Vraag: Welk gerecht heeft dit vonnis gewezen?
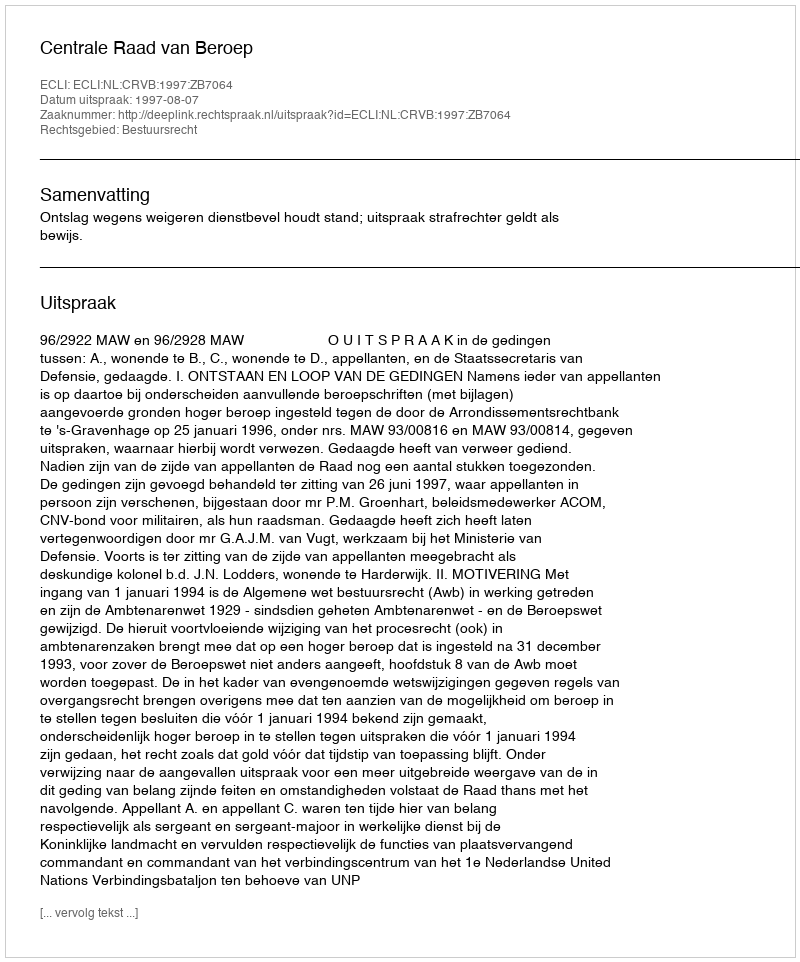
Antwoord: Centrale Raad van Beroep